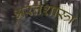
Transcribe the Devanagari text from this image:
भरतशास्त्र